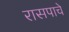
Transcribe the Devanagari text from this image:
रासपाचे